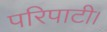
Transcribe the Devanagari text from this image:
परिपाटी।